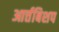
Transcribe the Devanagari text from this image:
आर्त्तबिशप